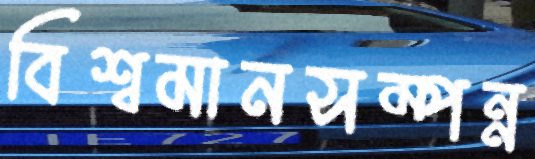
বিশ্বমানসম্পন্ন